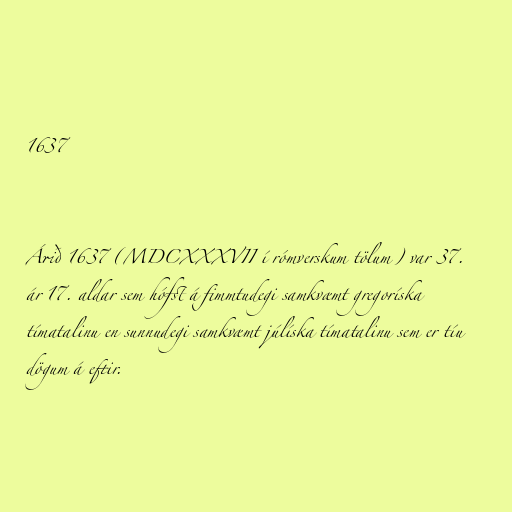
1637

Árið 1637 (MDCXXXVII í rómverskum tölum) var 37.
ár 17. aldar sem hófst á fimmtudegi samkvæmt gregoríska
tímatalinu en sunnudegi samkvæmt júlíska tímatalinu sem er tíu
dögum á eftir.